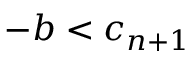
- b < c _ { n + 1 }